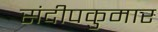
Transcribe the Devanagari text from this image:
संदीपकुमार